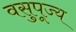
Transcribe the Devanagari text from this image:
वसुपूज्य